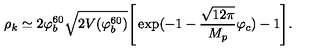
\rho _ { k } \simeq 2 \varphi _ { b } ^ { 6 0 } \sqrt { 2 V ( \varphi _ { b } ^ { 6 0 } ) } \Biggr [ \exp ( - 1 - \frac { \sqrt { 1 2 \pi } } { M _ { p } } \varphi _ { c } ) - 1 \Biggr ] .